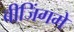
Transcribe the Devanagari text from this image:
बीजिंगमें